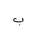
Letter: _ba